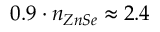
0 . 9 \cdot n _ { Z n S e } \approx 2 . 4